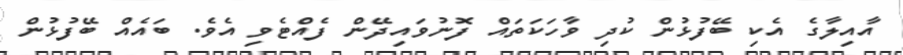
އާއިލާގެ އެކި ބޭފުޅުން ކުދި ވާހަކަތައް ފޮނުވައިދޭން ފެއްޓެވި އެވެ. ބައެއް ބޭފުޅުން